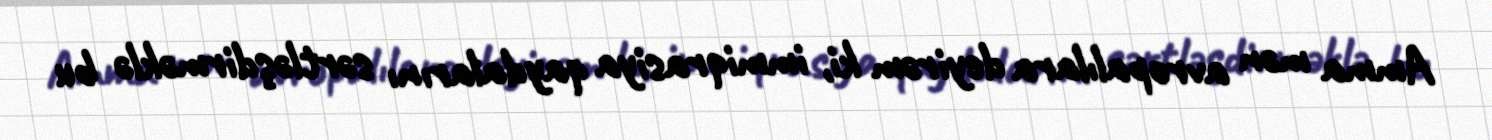
Amma mən avropalılara deyirəm ki, immiqrasiya qaydalarını sərtləşdirməklə bu